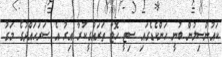
ކައުންސިލުން ބުނީ ހަންކެޑެގައި ސިޓީ ހޮޓާ ތަރައްގީކުރާ އިރު އެ ސަރަހައްދުގެ މަގު